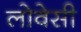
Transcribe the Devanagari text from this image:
लोवेसी